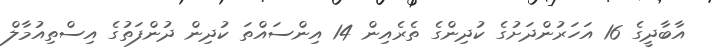
އާބާދީގެ 16 އަހަރުންދަށުގެ ކުދިންގެ ތެރެއިން 14 އިންސައްްތަ ކުދިން ދުންފަތުގެ އިސްތިއުމާލް